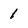
Character: 1